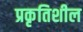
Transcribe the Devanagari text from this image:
प्रकृतिशील